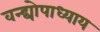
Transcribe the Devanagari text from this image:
वन्द्योपाध्याय